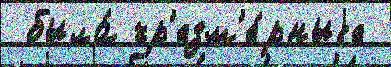
 была́ чр'езм'е́рныjе